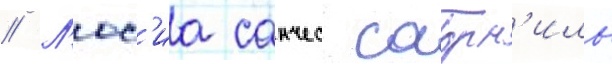
// Л'юс'иа санчес саорн'иль